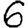
Digit: 6